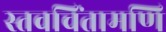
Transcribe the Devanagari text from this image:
स्तवचिंतामणि